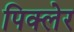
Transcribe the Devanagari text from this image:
पिक्लेर